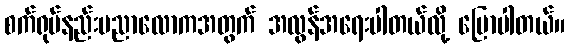
စက်ရုပ်နည်းပညာလောကအတွက် အလွန်အရေးပါတယ်လို့ ပြောပါတယ်။